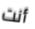
أنت